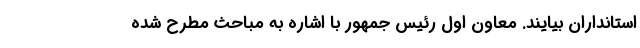
استانداران بیایند. معاون اول رئیس جمهور با اشاره به مباحث مطرح شده